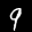
Label: 9